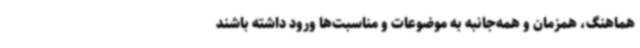
هماهنگ، همزمان و همه‌جانبه به موضوعات و مناسبت‌ها ورود داشته باشند